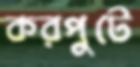
করপুটে